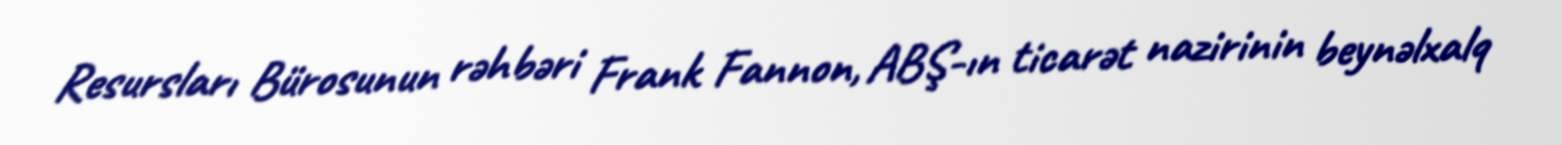
Resursları Bürosunun rəhbəri Frank Fannon, ABŞ-ın ticarət nazirinin beynəlxalq